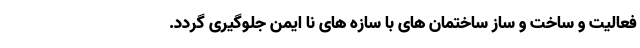
فعالیت و ساخت و ساز ساختمان های با سازه های نا ایمن جلوگیری گردد.